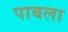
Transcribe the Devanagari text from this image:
पाबला